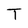
Character: T